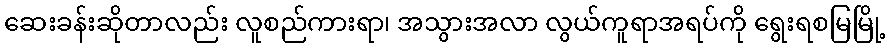
ဆေးခန်းဆိုတာလည်း လူစည်ကားရာ၊ အသွားအလာ လွယ်ကူရာအရပ်ကို ရွေးရစမြမြို့